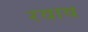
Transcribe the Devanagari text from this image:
रवाव